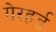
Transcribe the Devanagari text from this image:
गेरहर्ड